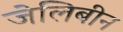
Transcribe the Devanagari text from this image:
जेलिबीन